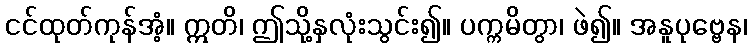
ငင်ထုတ်ကုန်အံ့။ ဣတိ၊ ဤသို့နှလုံးသွင်း၍။ ပက္ကမိတွာ၊ ဖဲ၍။ အနူပုဗ္ဗေန၊